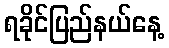
ရခိုင်ပြည်နယ်နေ့